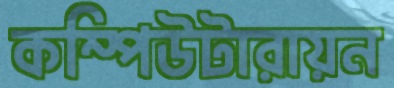
কম্পিউটারায়ন